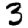
Digit: 3